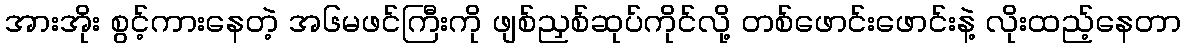
အားအိုး စွင့်ကားနေတဲ့ အ၆မဖင်ကြီးကို ဖျစ်ညှစ်ဆုပ်ကိုင်လို့ တစ်ဖောင်းဖောင်းနဲ့ လိုးထည့်နေတာ